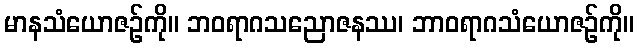
မာနသံယောဇဉ်ကို။ ဘဝရာဂသညောဇနဿ၊ ဘာဝရာဂသံယောဇဉ်ကို။